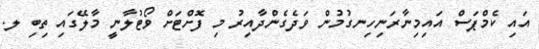
އައި ކެމްޕަސް އައިމިނާރަނިހިނގުމުން ވަދެގެންދާއިރު މި ފޮށްޓަށް ވޯޓުލާނީ މާލޭގައި ތިބި ލ.